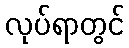
လုပ်ရာတွင်